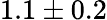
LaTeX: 1.1\pm 0.2